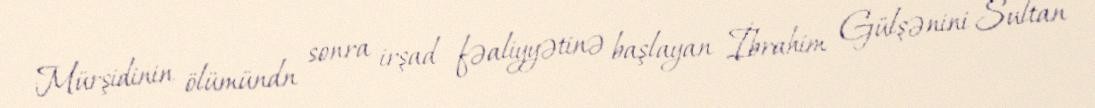
Mürşidinin ölümündn sonra irşad fəaliyyətinə başlayan İbrahim Gülşənini Sultan